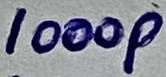
Text: 1000p